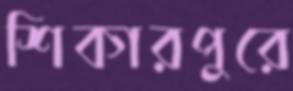
শিকারপুরে